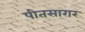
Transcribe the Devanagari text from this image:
पीतसागर